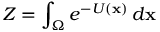
Z = \int _ { \Omega } e ^ { - U ( \mathbf { x } ) } \, d \mathbf { x }